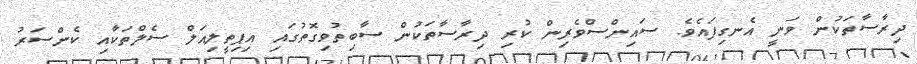
ދިރާސާތަކުން ވަނީ އެނގިފައެވެ. ސައިންސްވެރިން ކުރި ދިރާސާތަކުން ސާބިތުވިގޮތުގައި އިޕިތީލިއަލް ސެލްތަކާއި ކެންސަރު